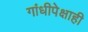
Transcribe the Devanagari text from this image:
गांधीपेक्षाही